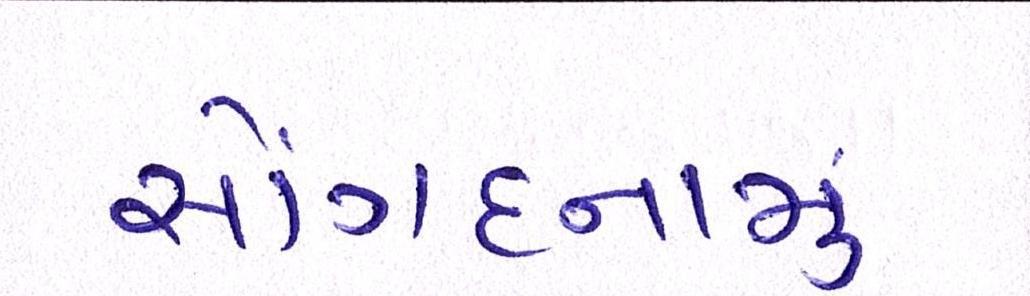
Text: સોંગદનામું